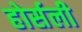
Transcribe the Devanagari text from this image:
होर्सली